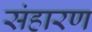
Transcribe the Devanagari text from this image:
संहारण